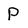
Character: P